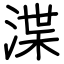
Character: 渫